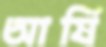
আর্ষি